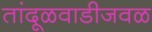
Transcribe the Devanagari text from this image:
तांदूळवाडीजवळ